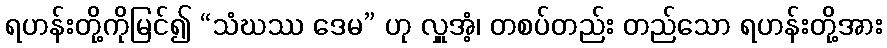
ရဟန်းတို့ကိုမြင်၍ “သံဃဿ ဒေမ” ဟု လှူအံ့၊ တစပ်တည်း တည်သော ရဟန်းတို့အား